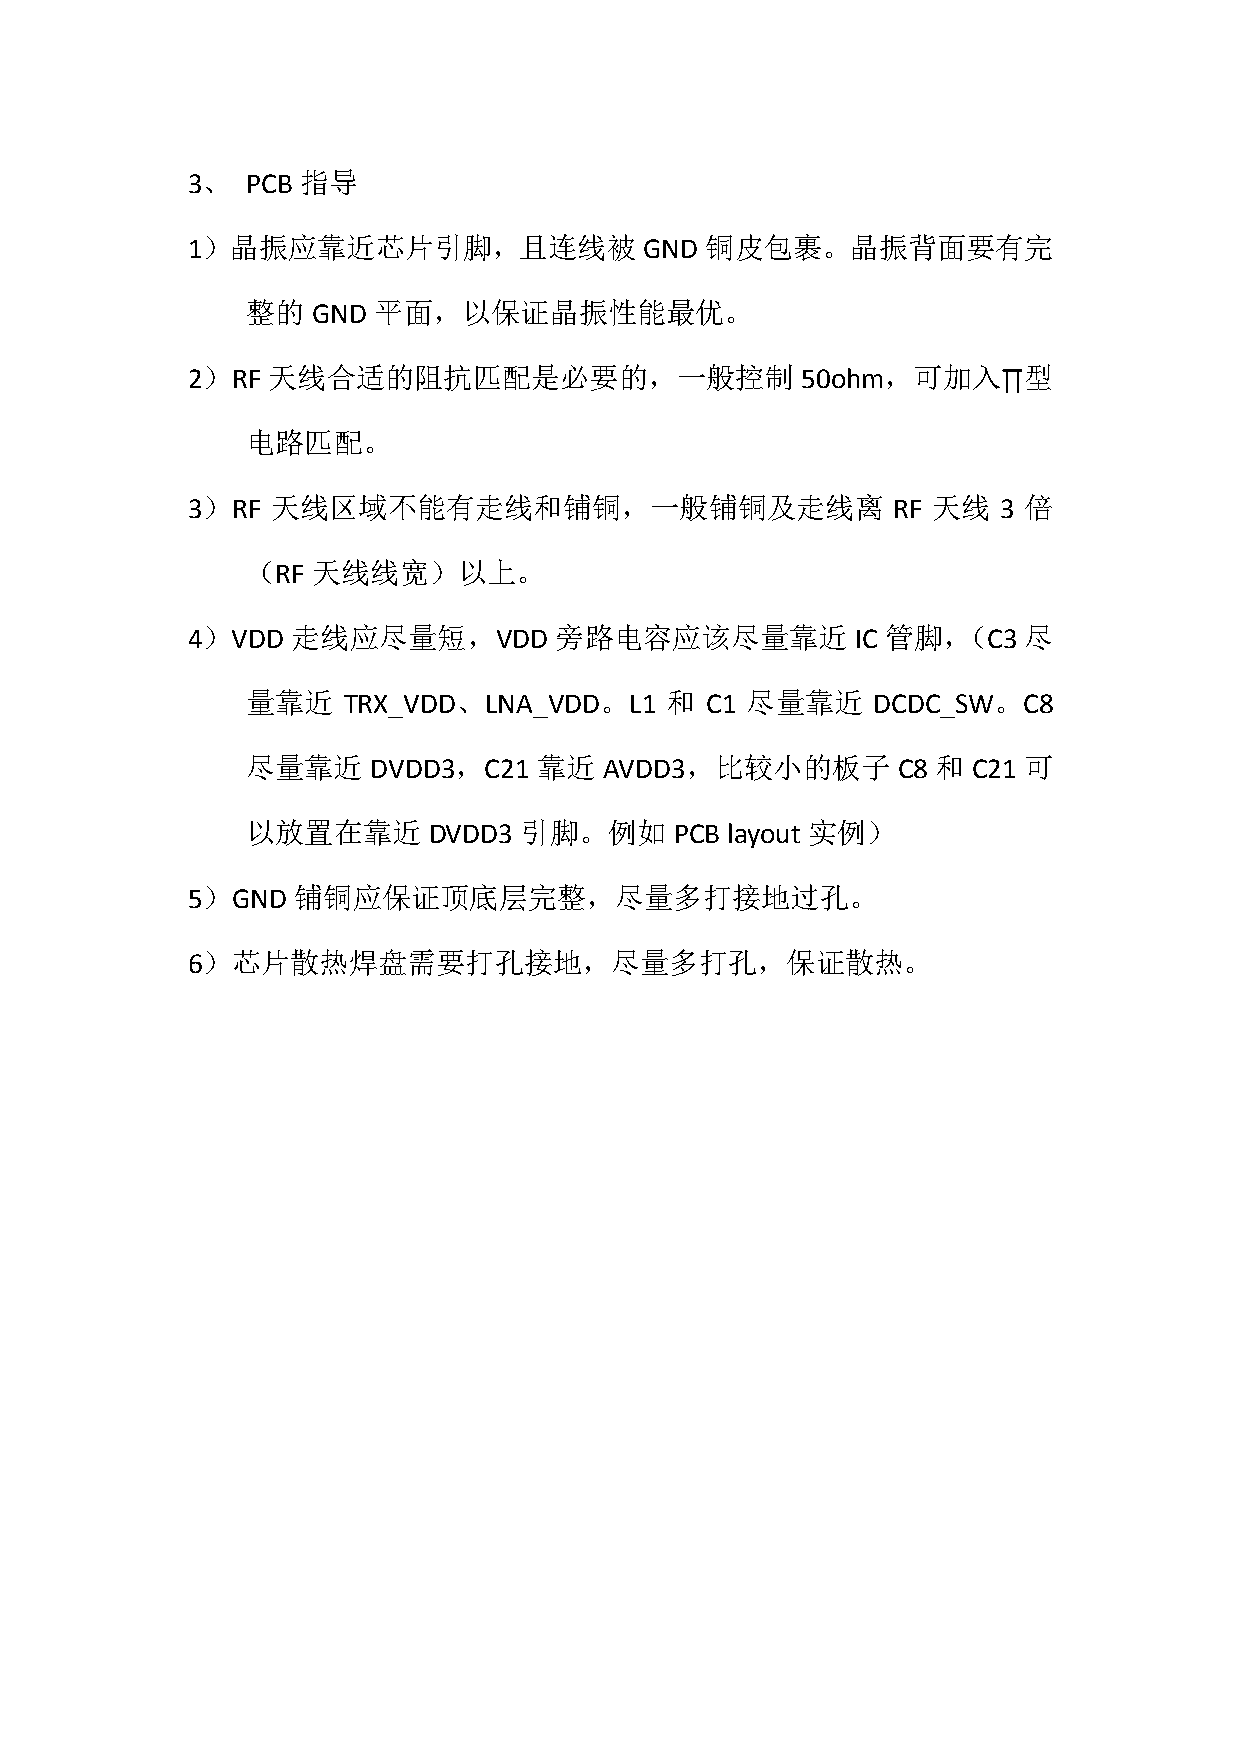
3、  PCB 指导
 1）晶振应靠近芯片引脚，且连线被               GND 铜皮包裹。晶振背面要有完
 整的   GND 平面，以保证晶振性能最优。
 2）RF  天线合适的阻抗匹配是必要的，一般控制                 50ohm，可加入∏型
 电路匹配。
 3）RF  天线区域不能有走线和铺铜，一般铺铜及走线离                    RF 天线  3 倍
 （RF  天线线宽）以上。
 4）VDD  走线应尽量短，VDD        旁路电容应该尽量靠近          IC 管脚，（C3  尽
 量靠近    TRX_VDD、LNA_VDD。L1   和  C1 尽量靠近    DCDC_SW。C8
 尽量靠近    DVDD3，C21   靠近  AVDD3，比较小的板子       C8 和 C21 可
 以放置在靠近      DVDD3 引脚。例如      PCB layout 实例）
 5）GND  铺铜应保证顶底层完整，尽量多打接地过孔。
 6）芯片散热焊盘需要打孔接地，尽量多打孔，保证散热。